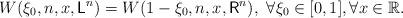
LaTeX: \begin{align*}W(\xi_0,n,x,\mathsf{L}^n)=W(1-\xi_0,n,x,\mathsf{R}^n), ~\forall \xi_0\in [0,1], \forall x\in\mathbb{R}.\end{align*}